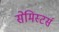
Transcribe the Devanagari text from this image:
सेमिस्टर्स